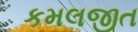
કમલજીત